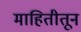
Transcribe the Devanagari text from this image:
माहितीतून